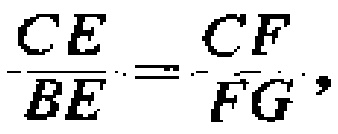
\(\frac{CE}{BE}=\frac{CF}{FG},\)